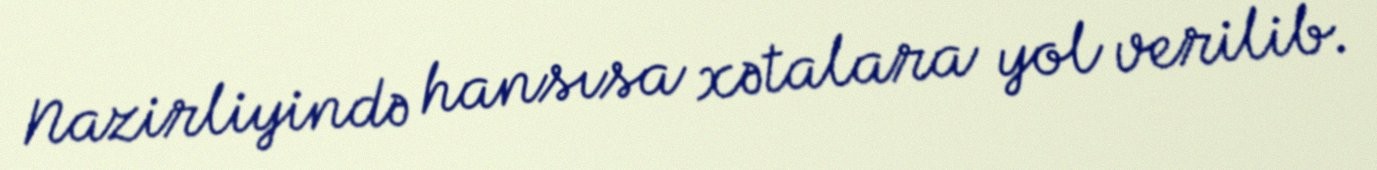
Nazirliyində hansısa xətalara yol verilib.